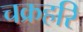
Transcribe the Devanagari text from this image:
चक्रहरि